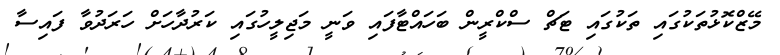
މޭޒްކޮޅުތަކުގައި ތަކުގައި ޓަޗް ސްކްރީން ބަހައްޓާފައި ވަނީ މަޖިލީހުގައި ކަރުދާހަށް ހަރަދުވާ ފައިސާ